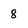
Character: 8